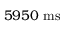
5 9 5 0 ~ \mathrm { m s }